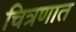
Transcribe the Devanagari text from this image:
चित्रणात